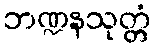
ဘဏ္ဍနသုတ္တံ